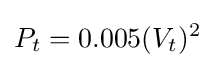
P_{t}=0.005(V_{t})^{2}